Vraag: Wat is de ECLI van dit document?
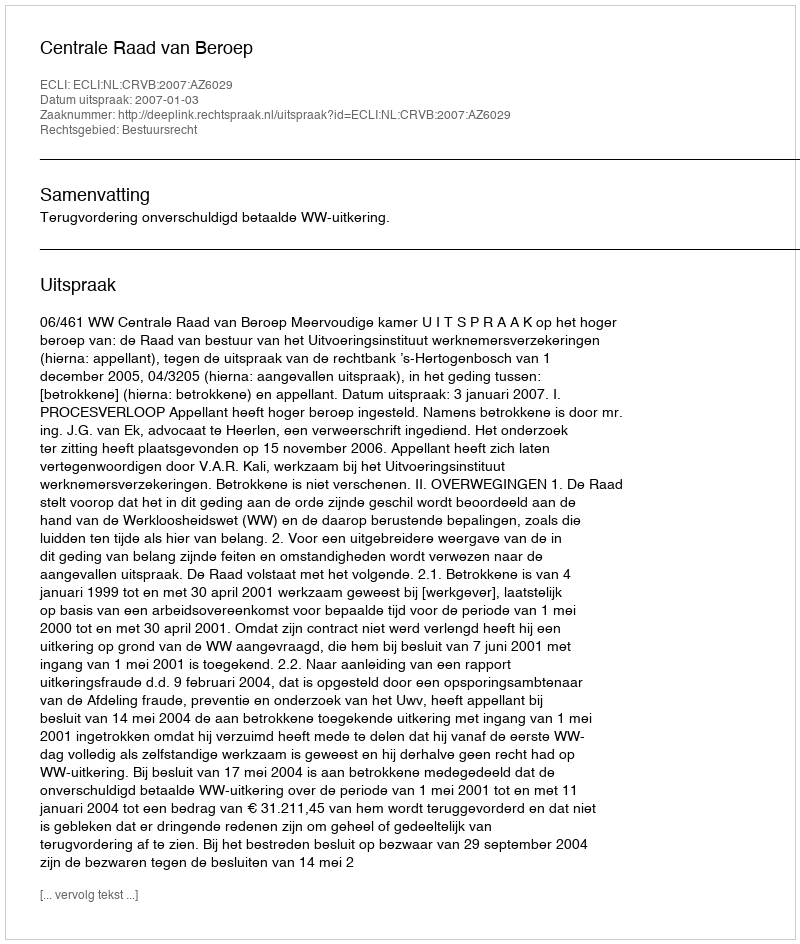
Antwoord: ECLI:NL:CRVB:2007:AZ6029